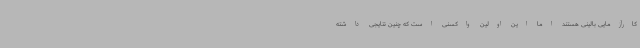
کارآزمایی بالینی هستند اما این اولین واکسنی است که چنین نتایجی داشته